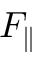
F _ { \parallel }